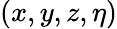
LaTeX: (x,y,z,\eta)